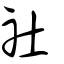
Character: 社